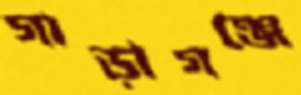
গাড়াগঞ্জে